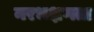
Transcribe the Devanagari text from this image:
नरभक्षणता